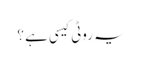
یہ روٹی کیسی ہے ؟